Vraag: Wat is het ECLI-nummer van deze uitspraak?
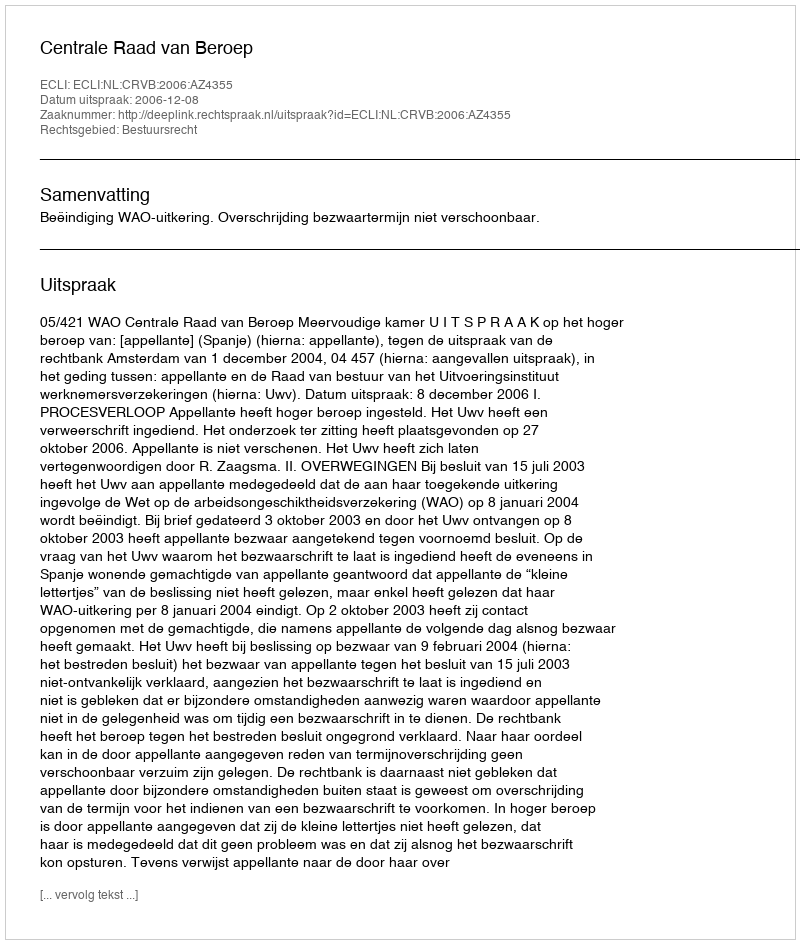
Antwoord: ECLI:NL:CRVB:2006:AZ4355